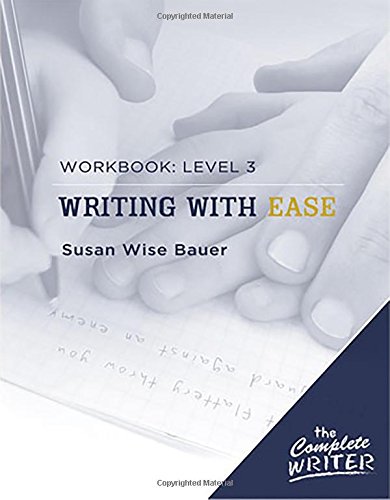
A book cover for The Complete Writer: Level Three Workbook for Writing with Ease (The Complete Writer); Susan Wise Bauer; Education & Teaching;